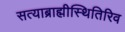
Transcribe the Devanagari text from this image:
सत्याब्राह्मीस्थितिरिव